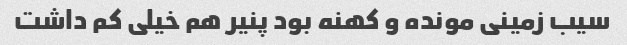
سیب زمینی مونده و کهنه بود پنیر هم خیلی کم داشت